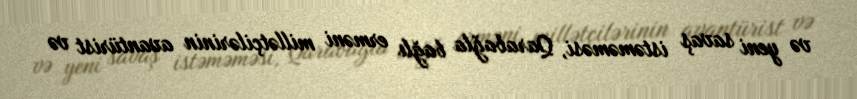
və yeni savaş istəməməsi, Qarabağla bağlı erməni millətçilərinin avantürist və